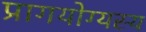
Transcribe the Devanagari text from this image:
प्रागयोग्यस्य